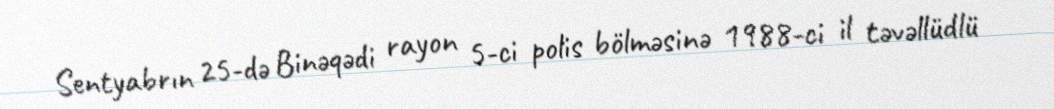
Sentyabrın 25-də Binəqədi rayon 5-ci polis bölməsinə 1988-ci il təvəllüdlü